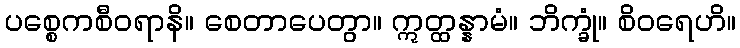
ပစ္စေကစီဝရာနိ။ စေတာပေတွာ။ ဣတ္ထန္နာမံ။ ဘိက္ခုံ။ စိဝရေဟိ။